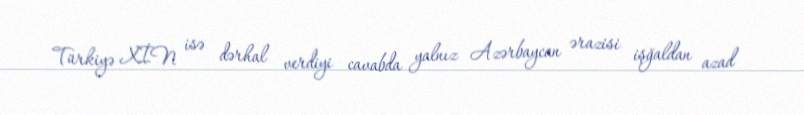
Türkiyə XİN isə dərhal verdiyi cavabda yalnız Azərbaycan ərazisi işğaldan azad